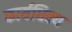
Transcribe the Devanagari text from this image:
कार्यधिक्य